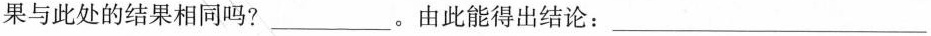
果与此处的结果相同吗?___。由此能得出结论：___